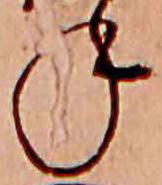
ね